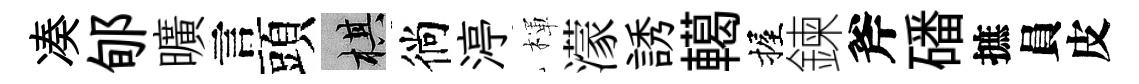
凑郇曠言頭棋徜渟楎濛誘轕握鍊斧磻摭員皮